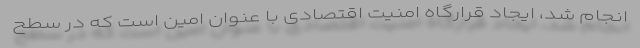
انجام شد، ایجاد قرارگاه امنیت اقتصادی با عنوان امین است که در سطح